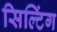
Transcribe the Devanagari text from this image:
सिल्टिंग